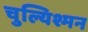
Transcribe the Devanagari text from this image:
चुल्यिश्मन